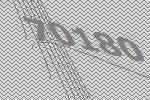
70180